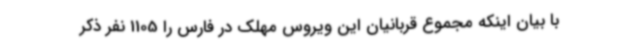
با بیان اینکه مجموع قربانیان این ویروس مهلک در فارس را 1105 نفر ذکر